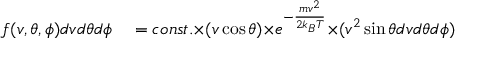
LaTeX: \begin{array} { r l } { f ( v , \theta , \phi ) d v { d \theta } d \phi } & { { } = c o n s t . { \times } ( v \cos { \theta } ) { \times } e ^ { - { \frac { m v ^ { 2 } } { 2 k _ { B } T } } } { \times } ( v ^ { 2 } \sin { \theta } d v { d \theta } d \phi ) } \end{array}